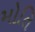
મોતિ